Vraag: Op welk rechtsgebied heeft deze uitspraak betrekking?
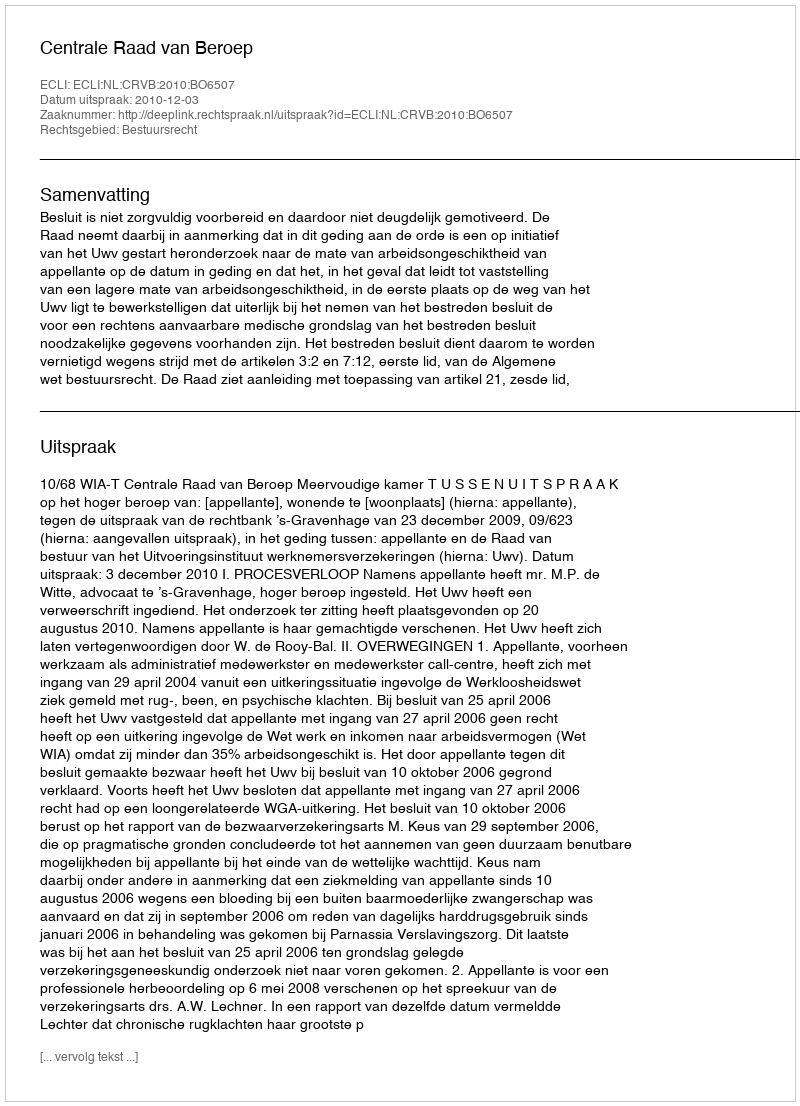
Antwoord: Bestuursrecht